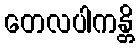
တေလပါကန္တိ